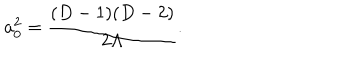
a _ { 0 } ^ { 2 } = { \frac { ( D - 1 ) ( D - 2 ) } { 2 \Lambda } } .